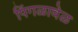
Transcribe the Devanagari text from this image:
पिंगळावेळ